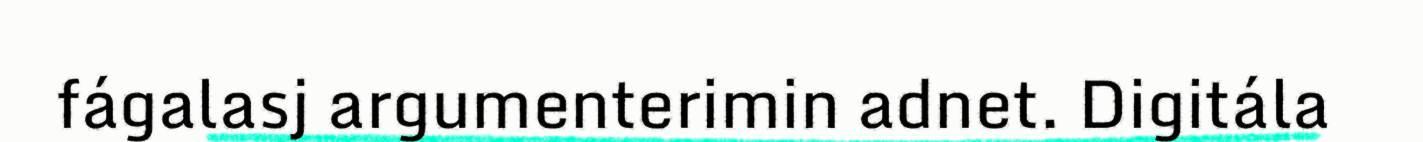
fágalasj argumenterimin adnet. Digitála